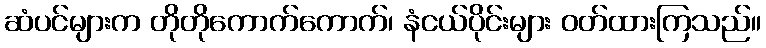
ဆံပင်များက တိုတိုကောက်ကောက်၊ နံငယ်ပိုင်းများ ဝတ်ထားကြသည်။